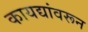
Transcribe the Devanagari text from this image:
कायद्यांवरून